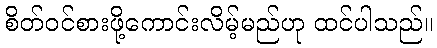
စိတ်ဝင်စားဖို့ကောင်းလိမ့်မည်ဟု ထင်ပါသည်။